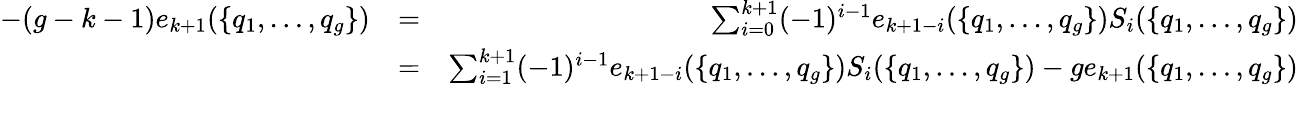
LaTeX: \begin{array}{rlr}{-(g-k-1)e_{k+1}(\{ q_{1},\dots,q_{g}\} )}&{=}&{\sum_{i=0}^{k+1}(-1)^{i-1}e_{k+1-i}(\{ q_{1},\dots,q_{g}\} )S_{i}(\{ q_{1},\dots,q_{g}\} )}\\ &{=}&{\sum_{i=1}^{k+1}(-1)^{i-1}e_{k+1-i}(\{ q_{1},\dots,q_{g}\} )S_{i}(\{ q_{1},\dots,q_{g}\} )-ge_{k+1}(\{ q_{1},\dots,q_{g}\} )}\\ &{}&\end{array}